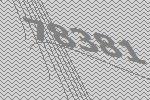
78381